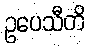
ဥပေသီတိ